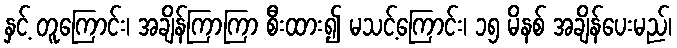
နှင့် တူကြောင်း၊ အချိန်ကြာကြာ စီးထား၍ မသင့်ကြောင်း၊ ၁၅ မိနစ် အချိန်ပေးမည်၊